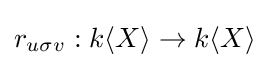
r_{u\sigma v}:k\langle X\rangle \to k\langle X\rangle